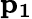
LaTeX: \mathbf{p_{1}}